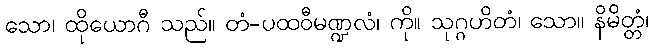
သော၊ ထိုယောဂီ သည်။ တံ-ပထဝီမဏ္ဍလံ၊ ကို။ သုဂ္ဂဟိတံ၊ သော။ နိမိတ္တံ၊